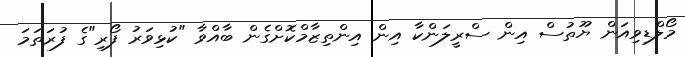
މޯލްޑިވިއަން ޔޫތުސް އިން ސްރީލަންކާ އިން އިންތިޒާމްކޮށްގެން ބާއްވާ "ކުޅިވަރު ފޯރި"ގެ ފުރަތަމަ